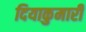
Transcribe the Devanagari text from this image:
दियाकुमारी